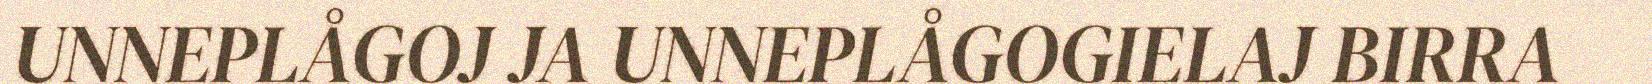
UNNEPLÅGOJ JA UNNEPLÅGOGIELAJ BIRRA